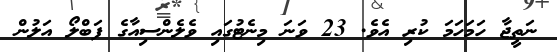
ނަތީޖާ ހަމަހަމަ ކުރި އެވެ. 23 ވަނަ މިނެޓުގައި ވެލެންސިއާގެ ފަބްލޯ އަލުން